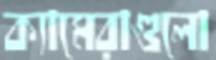
ক্যামেরাগুলো